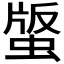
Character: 𧌿